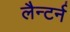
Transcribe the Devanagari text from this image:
लैन्टर्न